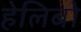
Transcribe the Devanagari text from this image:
हेलिबो